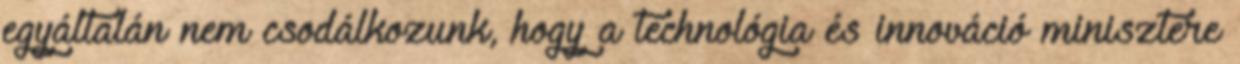
egyáltalán nem csodálkozunk, hogy a technológia és innováció minisztere